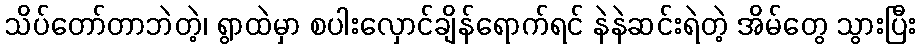
သိပ်တော်တာဘဲတဲ့၊ ရွာထဲမှာ စပါးလှောင်ချိန်ရောက်ရင် နဲနဲဆင်းရဲတဲ့ အိမ်တွေ သွားပြီး